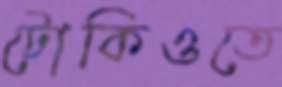
টোকিওতে